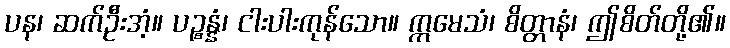
ပန၊ ဆက်ဦးအံ့။ ပဉ္စန္နံ၊ ငါးပါးကုန်သော။ ဣမေသံ၊ စိတ္တာနံ၊ ဤစိတ်တို့၏။